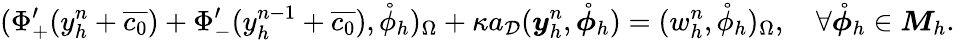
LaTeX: (\Phi_{+}^{\prime}(y_{h}^{n}+\overline{{c_{0}}})+\Phi_{-}^{\prime}(y_{h}^{n-1}+\overline{{c_{0}}}),\mathring{\phi}_{h})_{\Omega}+\kappa a_{\mathcal{D}}(\boldsymbol{y}_{h}^{n},\mathring{\boldsymbol{\phi}}_{h})=(w_{h}^{n},\mathring{\phi}_{h})_{\Omega},\quad\forall\mathring{\boldsymbol{\phi}}_{h}\in\boldsymbol{M}_{h}.